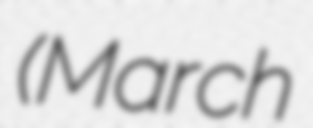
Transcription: (March